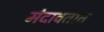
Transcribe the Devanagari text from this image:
मंदावतात